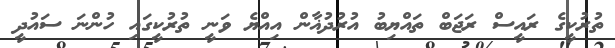
ތުރުކީގެ ރައީސް ރަޖަބް ތައްޔިބު އުރުދުޣާން އިއްޔެ ވަނީ ތުރުކީގައި ހުންނަ ސައުދީ